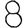
Digit: 8